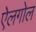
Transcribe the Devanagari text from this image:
ऐलगोल